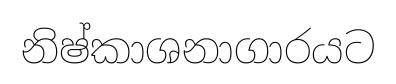
නිෂ්කාශනාගාරයට